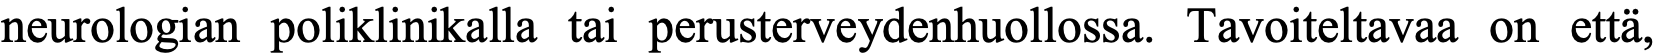
neurologian poliklinikalla tai perusterveydenhuollossa. Tavoiteltavaa on että,